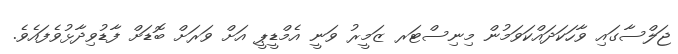
ޖަލްސާގައި ވާހަކަދައްކަވަމުން މިނިސްޓަރ ޒަމީރު ވަނީ އެމްޑީޕީ އަށް ވަރަށް ބޮޑަށް ފާޑުވިދާޅުވެފައެވެ.